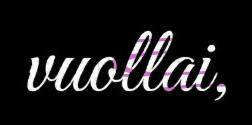
vuollai,